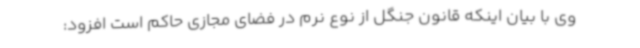
وی با بیان اینکه قانون جنگل از نوع نرم در فضای مجازی حاکم است افزود: